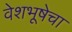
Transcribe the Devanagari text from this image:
वेशभूषेचा